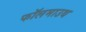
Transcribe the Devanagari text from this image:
फॉलमाउथ